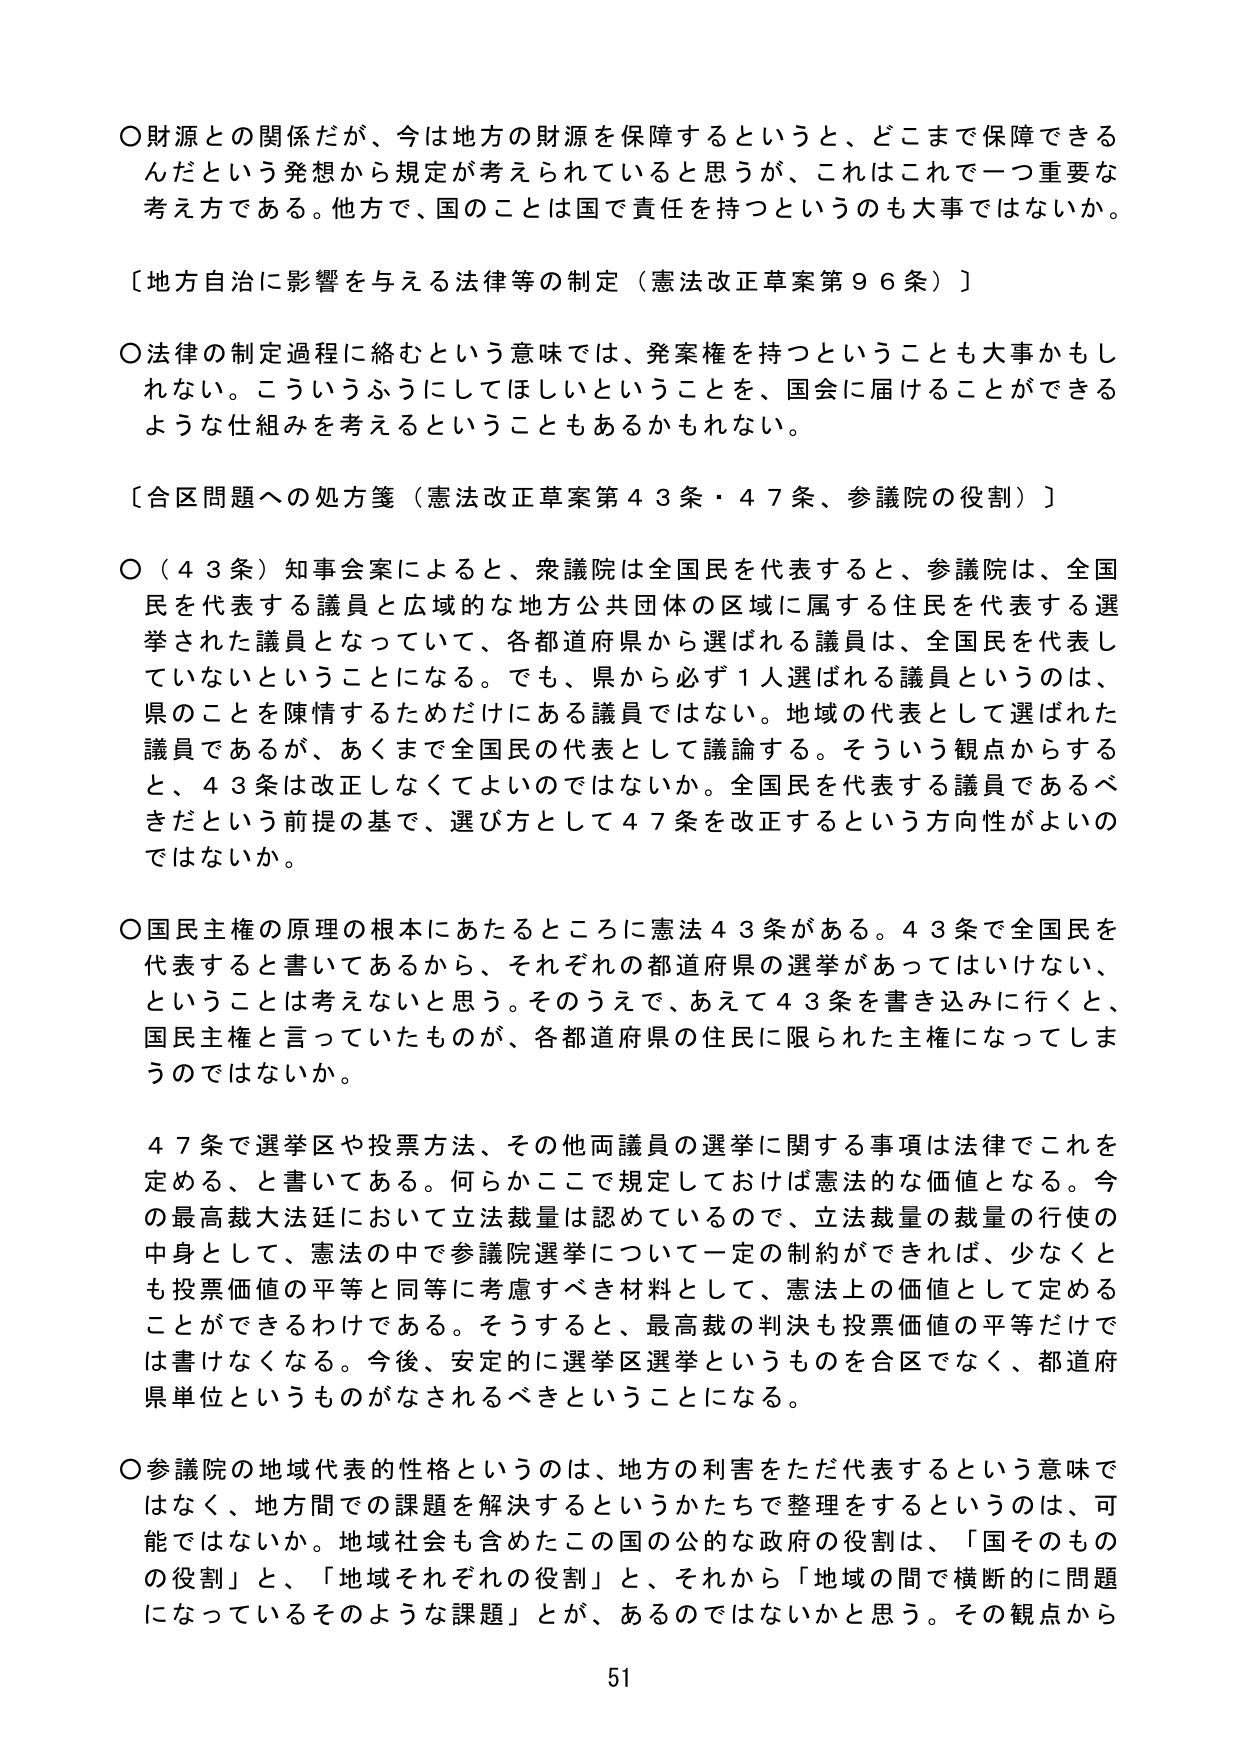
○財源との関係だが、今は地方の財源を保障するというと、どこまで保障できるんだという発想から規定が考えられていると思うが、これはこれで一つ重要な考え方である。他方で、国のことは国で責任を持つというのも大事ではないか。

〔地方自治に影響を与える法律等の制定（憲法改正草案第96条）〕

○法律の制定過程に絡むという意味では、発案権を持つということも大事かもしれない。こういうふうにしてほしいということを、国会に届けることができるような仕組みを考えるということもあるかもしれない。

〔合区問題への処方箋（憲法改正草案第43条・47条、参議院の役割）〕

○（43条）知事会案によると、衆議院は全国民を代表すると、参議院は、全国民を代表する議員と広域的な地方公共団体の区域に属する住民を代表する選挙された議員となっていて、各都道府県から選ばれる議員は、全国民を代表していないということになる。でも、県から必ず1人選ばれる議員というのは、県のことを陳情するためだけにある議員ではない。地域の代表として選ばれた議員であるが、あくまで全国民の代表として議論する。そういう観点からすると、43条は改正しなくてよいのではないか。全国民を代表する議員であるべきだという前提の基で、選び方として47条を改正するという方向性がよいのではないか。

○国民主権の原理の根本にあたるところに憲法43条がある。43条で全国民を代表すると書いてあるから、それぞれの都道府県の選挙があってはいけない、ということは考えないと思う。そのうえで、あえて43条を書き込みに行くと、国民主権と言っていたものが、各都道府県の住民に限られた主権になってしまうのではないか。

47条で選挙区や投票方法、その他両議員の選挙に関する事項は法律でこれを定める、と書いてある。何らかここで規定しておけば憲法的な価値となる。今の最高裁大法廷において立法裁量は認めているので、立法裁量の裁量の行使の中身として、憲法の中で参議院選挙について一定の制約ができれば、少なくとも投票価値の平等と同等に考慮すべき材料として、憲法上の価値として定めることができるわけである。そうすると、最高裁の判決も投票価値の平等だけでは書けなくなる。今後、安定的に選挙区選挙というものを合区でなく、都道府県単位というものがなされるべきということになる。

○参議院の地域代表的性格というのは、地方の利害をただ代表するという意味ではなく、地方間での課題を解決するというかたちで整理をするというのは、可能ではないか。地域社会も含めたこの国の公的な政府の役割は、「国そのものの役割」と、「地域それぞれの役割」と、それから「地域の間で横断的に問題になっているそのような課題」とが、あるのではないかと思う。その観点から

51